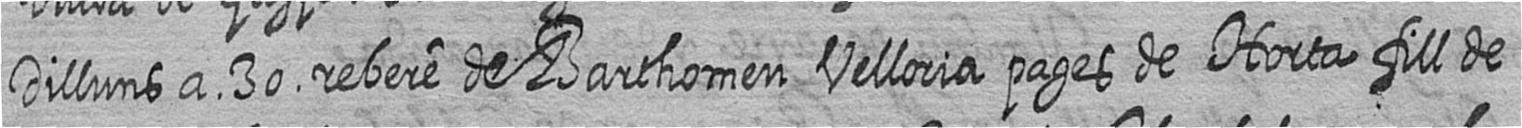
Dilluns a 30 rebere de Barthomeu Velloria pages de Horta fill de